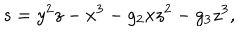
s = y ^ { 2 } z - x ^ { 3 } - g _ { 2 } x z ^ { 2 } - g _ { 3 } z ^ { 3 } ,